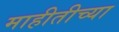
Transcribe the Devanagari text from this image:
माहीतीच्या